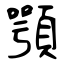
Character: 顎